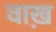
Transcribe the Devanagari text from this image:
वाख़